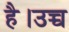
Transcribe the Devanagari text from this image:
है।उच्च